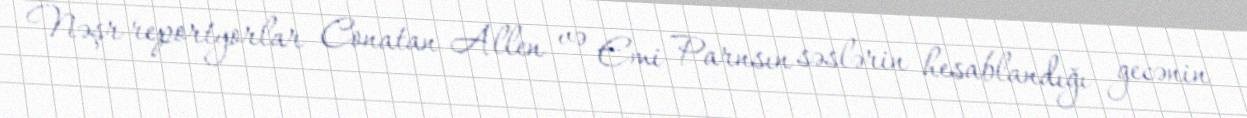
Nəşr reportyorlar Conatan Allen və Emi Parnsın səslərin hesablandığı gecənin